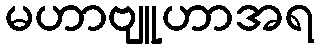
မဟာဗျူဟာအရ